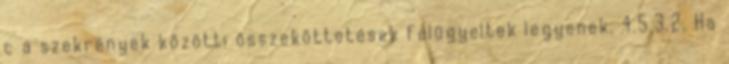
c a szekrények közötti összeköttetések felügyeltek legyenek. 4.5.3.2. Ha